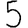
Digit: 5